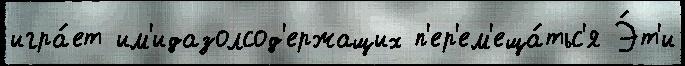
игра́ет им'идазолсод'ержащих п'ер'ем'еща́тьс'я Э́т'и